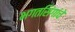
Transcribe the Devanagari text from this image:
भगतसिंगांचे